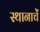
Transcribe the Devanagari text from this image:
स्थानाचें